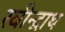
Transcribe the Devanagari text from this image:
रवीन्द्राथ